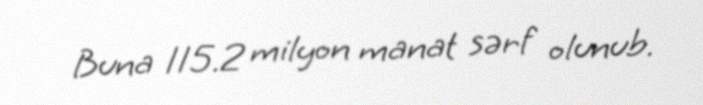
Buna 115.2 milyon manat sərf olunub.